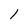
Character: 1